Bréfritari: Halldór Pétursson
Viðtakandi: Jón Borgfirðingur
Dagsetning: A-1865-02-12

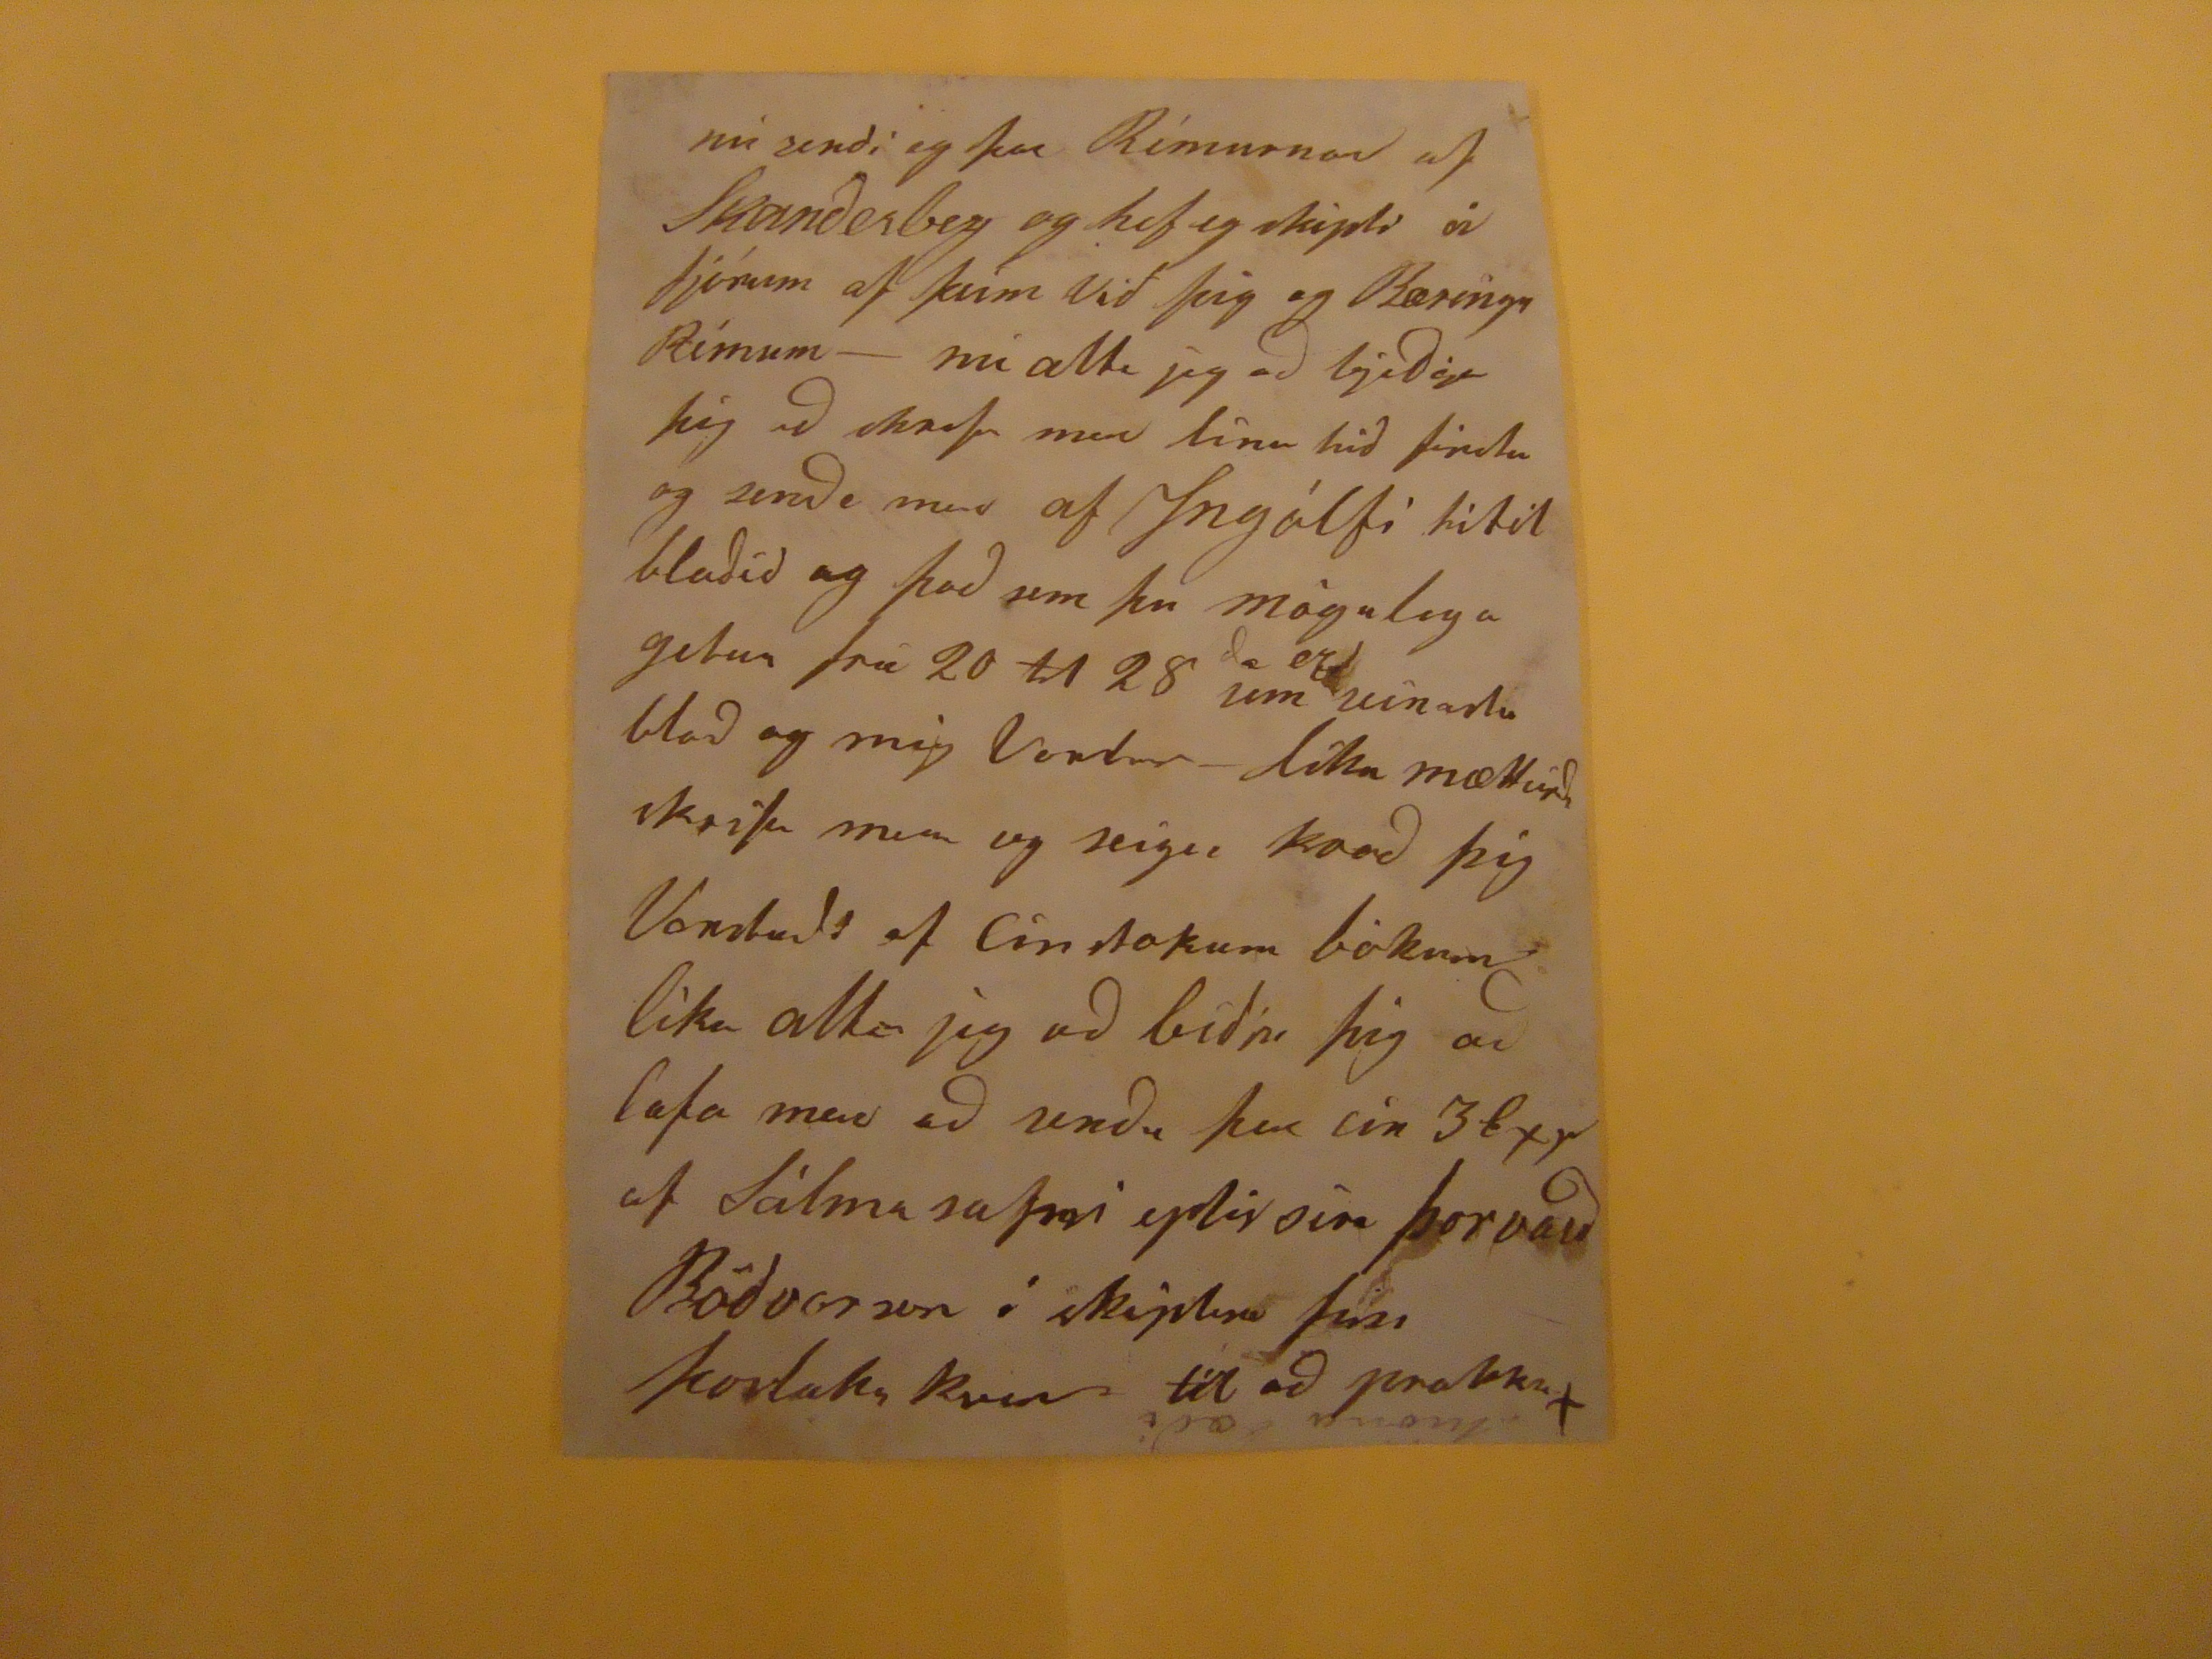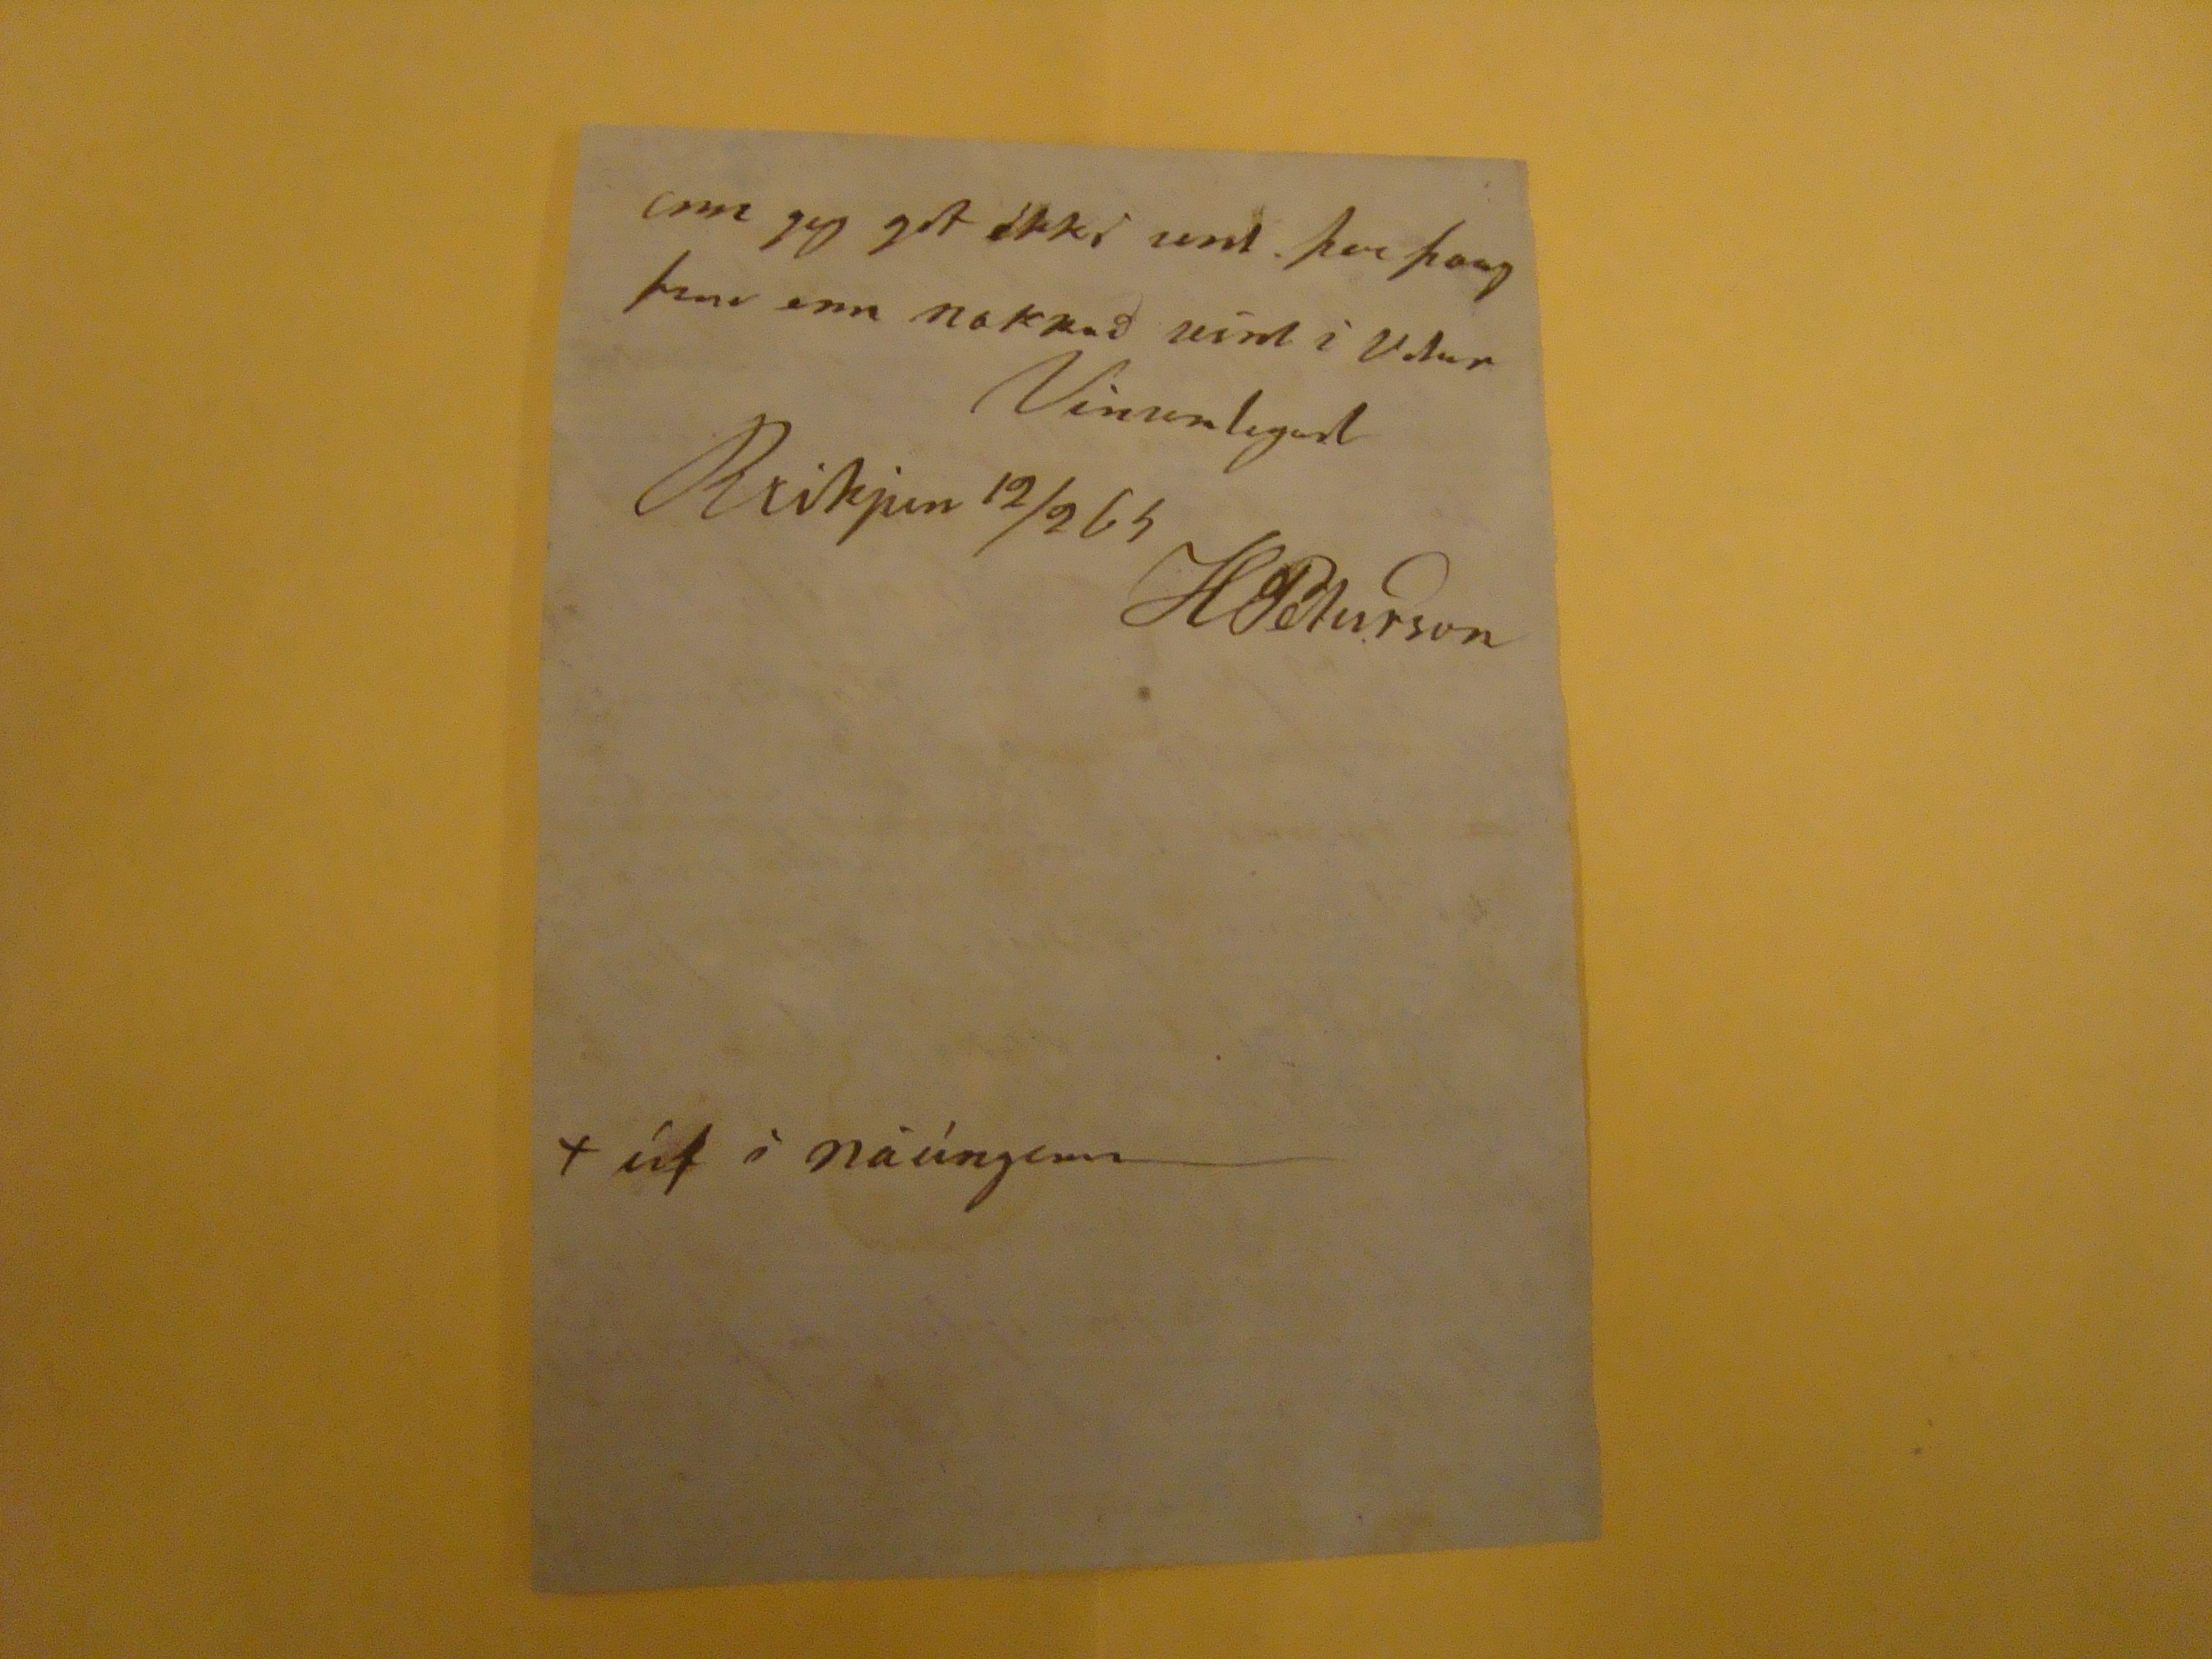

nú sendi eg þar Rímurnar af
Skandesberg
og hef eg skipti á fjórum af þeim Við þig og Bæringu Rímum- nú
alla
jeg ad bidja þig ad skrifa mer línu hid firsta og senda mer af Ingólfi titil bladid og þad sem þu mögulega getur frá 20 til 28 um seinasta blad og mig verdur- líka mættirdu skrifa mer og
seiga
kvad þig Vantadi af eintokum bókum lìka
alla
jeg ad bidja þig ad lofa mer ad senda þer ein 3
bxe
af Sálmasafni eptir síra þorvard Bövarson í skiptan þíns þorlaks kver til ad prakka+
enn jeg get ekki sent. þer þaug þvi enn nokkud víst i í Vetur
Vinsamlegast
Brikjan
12/2 65
H Péturson
+út í náúngann